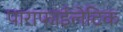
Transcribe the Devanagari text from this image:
पाराफाईलेटिक